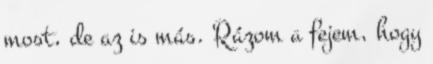
most, de az is más. Rázom a fejem, hogy